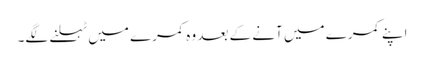
اپنے کمرے میں آنے کے بعد وہ کمرے میں ٹہلنے لگے۔